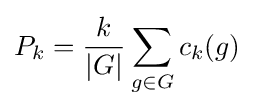
P_{k}={\frac {k}{|G|}}\sum _{g\in G}c_{k}(g)